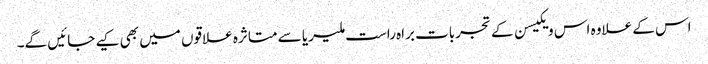
اس کے علاوہ اس ویکیسن کے تجربات براہ راست ملیریا سے متاثرہ علاقوں میں بھی کیے جائیں گے۔